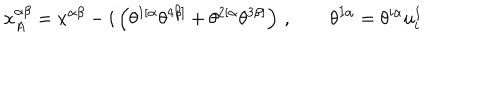
x _ { A } ^ { \alpha \beta } = x ^ { \alpha \beta } - i \left( \theta ^ { 1 [ \alpha } \theta ^ { 4 \beta ] } + \theta ^ { 2 [ \alpha } \theta ^ { 3 \beta ] } \right) \, , \qquad \theta ^ { I \alpha } = \theta ^ { i \alpha } u _ { i } ^ { I }